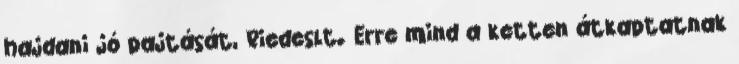
hajdani jó pajtását, Riedeslt. Erre mind a ketten átkaptatnak